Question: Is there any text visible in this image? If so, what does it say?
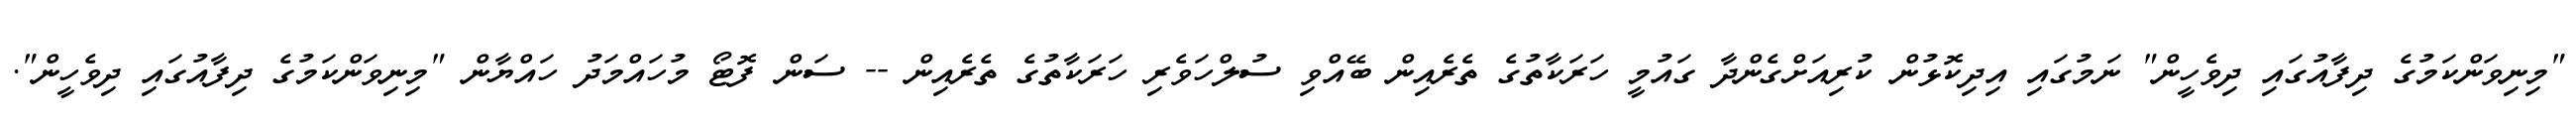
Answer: "މިނިވަންކަމުގެ ދިފާއުގައި ދިވެހީން" ނަމުގައި އިދިކޮޅުން ކުރިއަށްގެންދާ ގައުމީ ހަރަކާތުގެ ތެރެއިން ބޭއްވި ސުލްހަވެރި ހަރަކާތުގެ ތެރެއިން -- ސަން ފޮޓޯ މުހައްމަދު ހައްޔާން "މިނިވަންކަމުގެ ދިފާއުގައި ދިވެހީން".